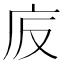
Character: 𢇪